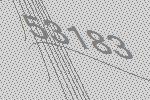
53183